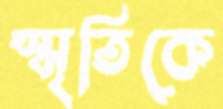
স্মৃতিকে